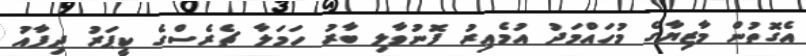
އެގޮތުން މާޒިޔާގެ މުހައްމަދު އުމެއިރު ފޮނުވާލި ބާރު ހަމަލާ ޗެރެސްގެ ކީޕަރު ދިފާއު